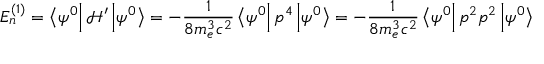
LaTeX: E _ { n } ^ { ( 1 ) } = \left\langle \psi ^ { 0 } \right\vert { \mathcal { H } } ^ { \prime } \left\vert \psi ^ { 0 } \right\rangle = - { \frac { 1 } { 8 m _ { e } ^ { 3 } c ^ { 2 } } } \left\langle \psi ^ { 0 } \right\vert p ^ { 4 } \left\vert \psi ^ { 0 } \right\rangle = - { \frac { 1 } { 8 m _ { e } ^ { 3 } c ^ { 2 } } } \left\langle \psi ^ { 0 } \right\vert p ^ { 2 } p ^ { 2 } \left\vert \psi ^ { 0 } \right\rangle